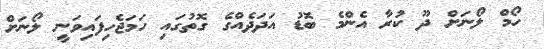
ހޯމް ލޯނަށް ދޫ ކުރާ އެންމެ ބޮޑު އަދަދެއްގެ ގޮތުގައި ހަމަޖެހިފައިވަނީ ލޯނަށް